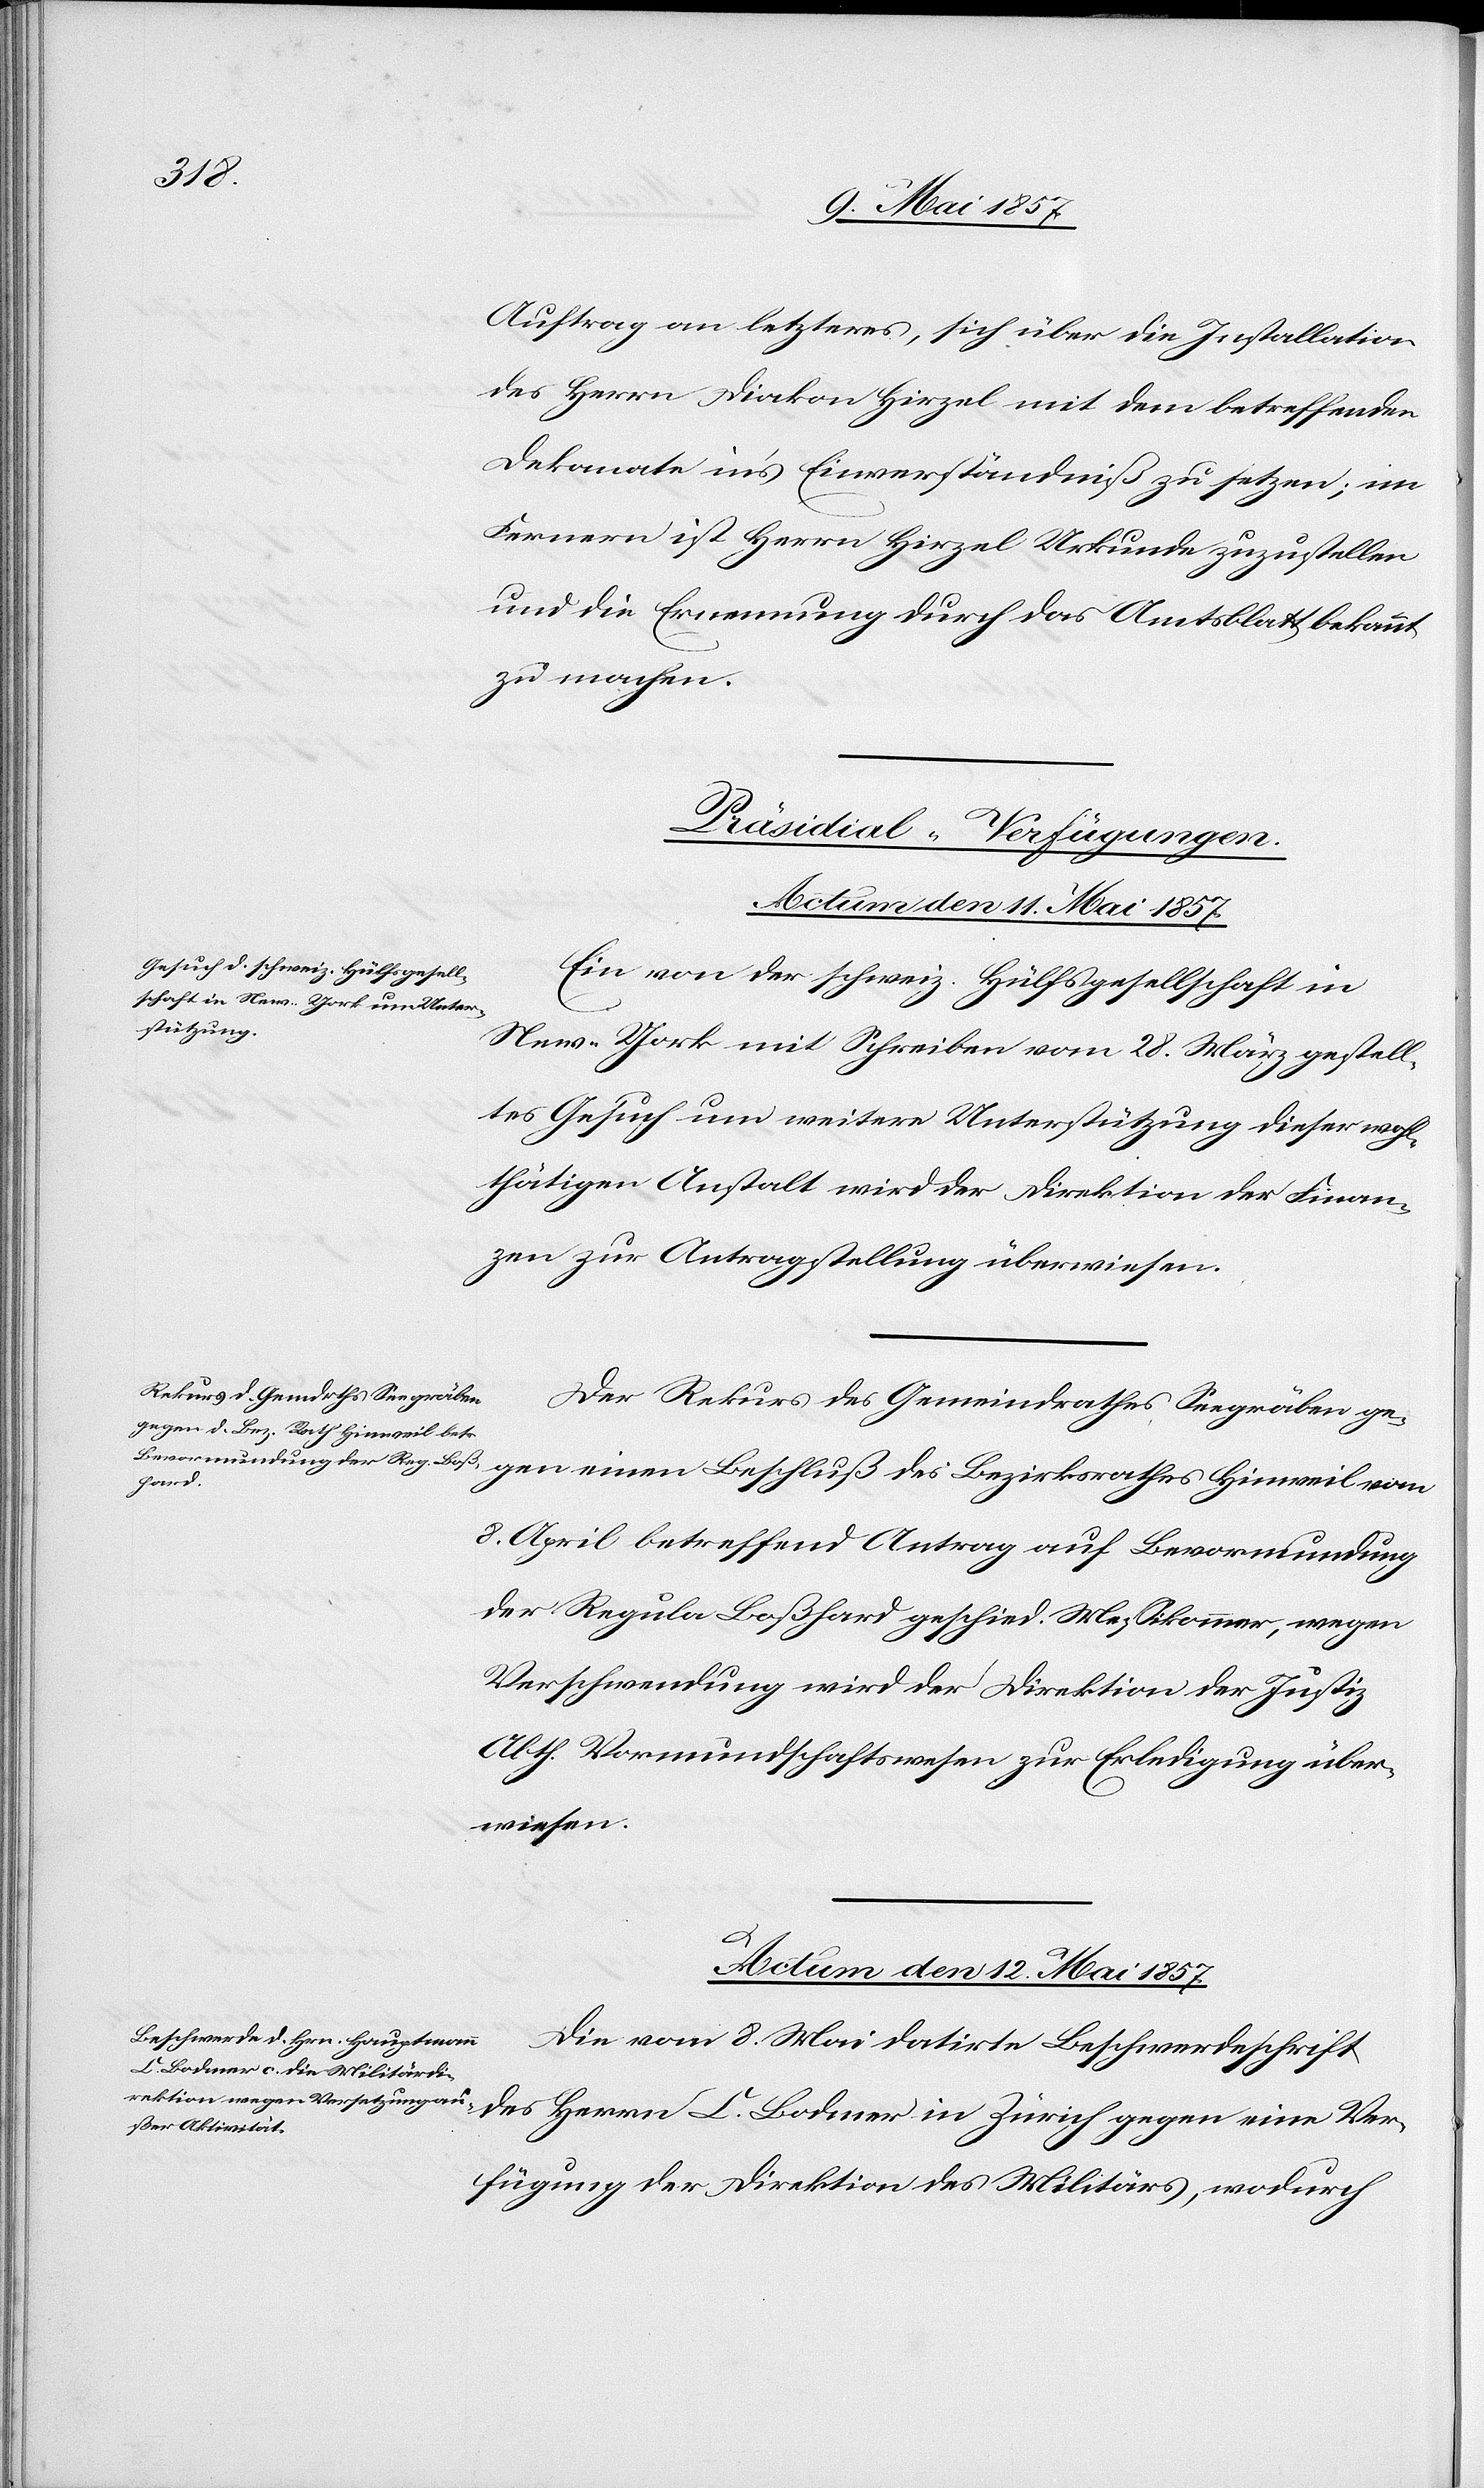
Ver¬
Auftrag an letzteres, sich über die Installation
des Herrn Diakon Hirzel mit dem betreffenden
Dekanate in’s Einverständniß zu setzen; im
Fernern ist Herrn Hirzel Urkunde zuzustellen
und die Erneuerung durch das Amtsblatt bekannt
zu machen.
[Präsidial-Verfügungen.]
Actum den 11 Mai 1857.
Ein von der schweiz. Hülfsgesellschaft in
New-York mit Schreiben vom 28 März gestell¬
tes Gesuch um weitere Unterstützung dieser wohl¬
thätigen Anstalt wird der Direktion der Finan¬
zen zur Antragstellung überwiesen.
Der Rekurs des Gemeindrathes Seegräben ge¬
gen einen Beschluß des Bezirksrathes Hinweil vom
8 April betreffend Antrag auf Bevormundung
der Regula Boßhard geschied. Messikommer, wegen
Verschwendung wird der Direktion der Justiz
Abth. Vormundschaftswesen zur Erledigung über¬
wiesen.
C.
Actum den 12 Mai 1857.
Die vom 8 Mai datirte Beschwerdeschrift
fügung der Direktion des Militärs, wodurch